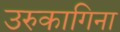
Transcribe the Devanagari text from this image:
उरुकागिना